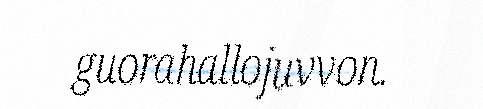
guorahallojuvvon.